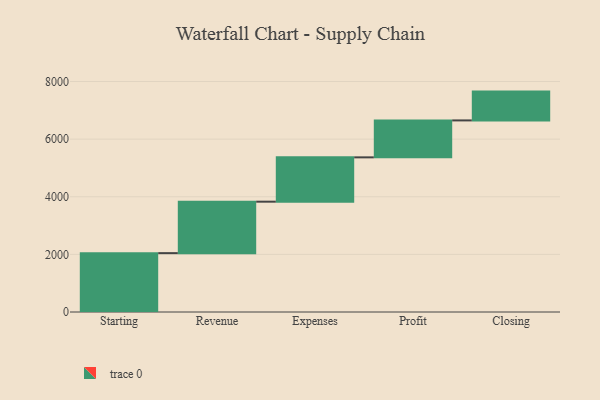
{"axis": {"x": "Step", "y": "Value"}, "legend": [""], "data": [{"x": "Starting", "y": 2043.0, "type": ""}, {"x": "Revenue", "y": 1786.0, "type": ""}, {"x": "Expenses", "y": 1539.0, "type": ""}, {"x": "Profit", "y": 1282.0, "type": ""}, {"x": "Closing", "y": 1000, "type": ""}]}